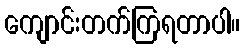
ကျောင်းတက်ကြရတာပါ။